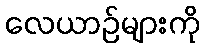
လေယာဉ်များကို